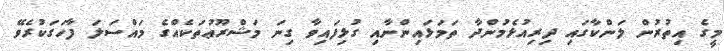
މީގެ އިތުރުން ލަންކާގައި ދިރިއުޅެމުންދާ ތަމަޅައިންނާއި ގުޅިފައިވާ ގިނަ މަޝްރޫޢުތަކެއްގެ މައްސަލަ ފާހަގަކުރެވޭ